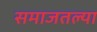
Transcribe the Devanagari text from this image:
समाजतल्या